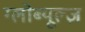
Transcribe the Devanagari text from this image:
ग्लोब्यूल्ज़